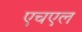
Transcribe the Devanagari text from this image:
एचएल